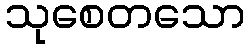
သုစေတသော